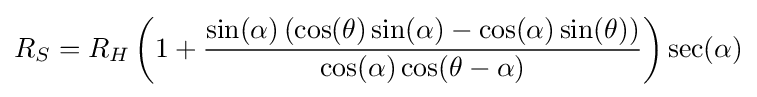
R_{S}=R_{H}\left(1+{\frac {\sin(\alpha )\left(\cos(\theta )\sin(\alpha )-\cos(\alpha )\sin(\theta )\right)}{\cos(\alpha )\cos(\theta -\alpha )}}\right)\sec(\alpha )